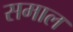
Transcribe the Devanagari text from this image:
समाल